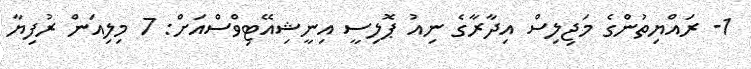
1- ރައްޔިތުންގެ މަޖިލިސް އިދާރާގެ ނިއު ޕޮލިސީ އިނީޝިއޭޓިވްސްއަށް: 7 މިލިއަން ރުފިޔާ